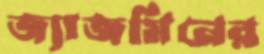
জ্যাজমিনের